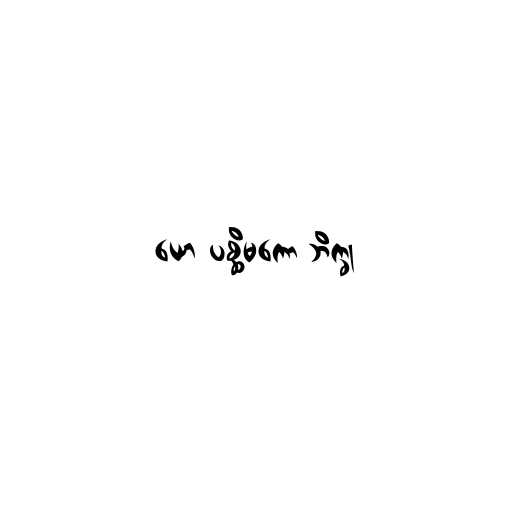
ယော ပစ္ဆိမကော ဘိက္ခု